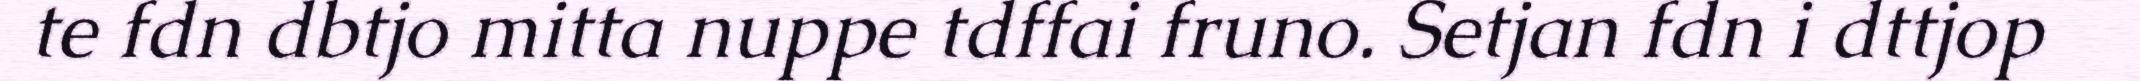
te fdn dbtjo mitta nuppe tdffai fruno. Setjan fdn i dttjop